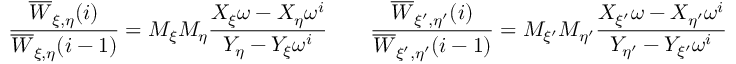
\frac { \overline { { { W } } } _ { \xi , \eta } ( i ) } { \overline { { { W } } } _ { \xi , \eta } ( i - 1 ) } = M _ { \xi } M _ { \eta } \frac { X _ { \xi } \omega - X _ { \eta } \omega ^ { i } } { Y _ { \eta } - Y _ { \xi } \omega ^ { i } } \qquad \frac { \overline { { { W } } } _ { \xi ^ { \prime } , \eta ^ { \prime } } ( i ) } { \overline { { { W } } } _ { \xi ^ { \prime } , \eta ^ { \prime } } ( i - 1 ) } = M _ { \xi ^ { \prime } } M _ { \eta ^ { \prime } } \frac { X _ { \xi ^ { \prime } } \omega - X _ { \eta ^ { \prime } } \omega ^ { i } } { Y _ { \eta ^ { \prime } } - Y _ { \xi ^ { \prime } } \omega ^ { i } } \qquad